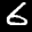
Label: 6